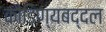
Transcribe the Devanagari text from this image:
कौडिण्यबद्दल